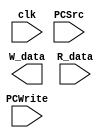
`timescale 1ns / 1ps
//////////////////////////////////////////////////////////////////////////////////
// Company: 
// Engineer: 
// 
// Design Name: 
// Module Name: PC
// Project Name: 
// Target Devices: 
// Tool Versions: 
// Description: 
// 
// Dependencies: 
// 
// Revision:
// Revision 0.01 - File Created
// Additional Comments:
// 
//////////////////////////////////////////////////////////////////////////////////


module PC(clk,PCWrite,PCSrc,W_data,R_data);
    input clk;
    input PCWrite;
    input PCSrc;
    output[31:0] W_data;
    input[31:0] R_data;
    reg[31:0] PCcount;
    assign R_data = PCcount;
    initial begin
        PCcount=0;
    end
    always@(posedge clk)
        if(PCWrite||PCSrc)
            PCcount <= W_data;
endmodule